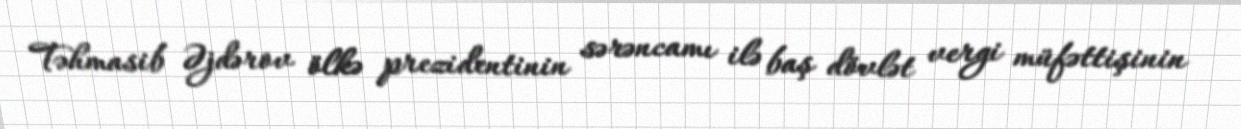
Təhmasib Əjdərov ölkə prezidentinin sərəncamı ilə baş dövlət vergi müfəttişinin